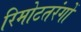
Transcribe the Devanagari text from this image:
रिमोटतरंगों